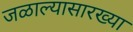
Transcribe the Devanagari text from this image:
जळाल्यासारख्या